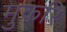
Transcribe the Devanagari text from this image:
मुकरि